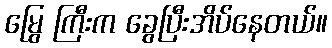
မြွေ ကြီးက ခွေပြီးအိပ်နေတယ်။